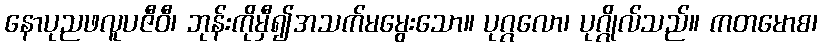
နောပုညဖလူပဇီဝီ၊ ဘုန်းကိုမှီ၍အသက်မမွေးသော။ ပုဂ္ဂလော၊ ပုဂ္ဂိုလ်သည်။ ကတမောစ၊